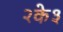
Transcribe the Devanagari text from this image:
२के३